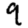
Digit: 9